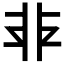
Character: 𩇧